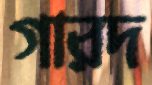
গারদ